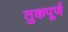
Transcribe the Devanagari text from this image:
तुकपूर्ण